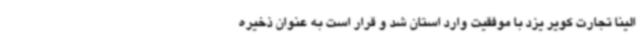
الینا تجارت کویر یزد با موفقیت وارد استان شد و قرار است به عنوان ذخیره